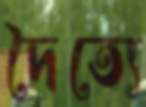
দৈত্যে